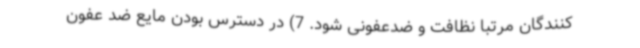
کنندگان مرتباً نظافت و ضدعفونی شود. 7) در دسترس بودن مایع ضد عفون